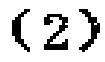
-2